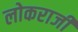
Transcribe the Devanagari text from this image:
लोकराजी